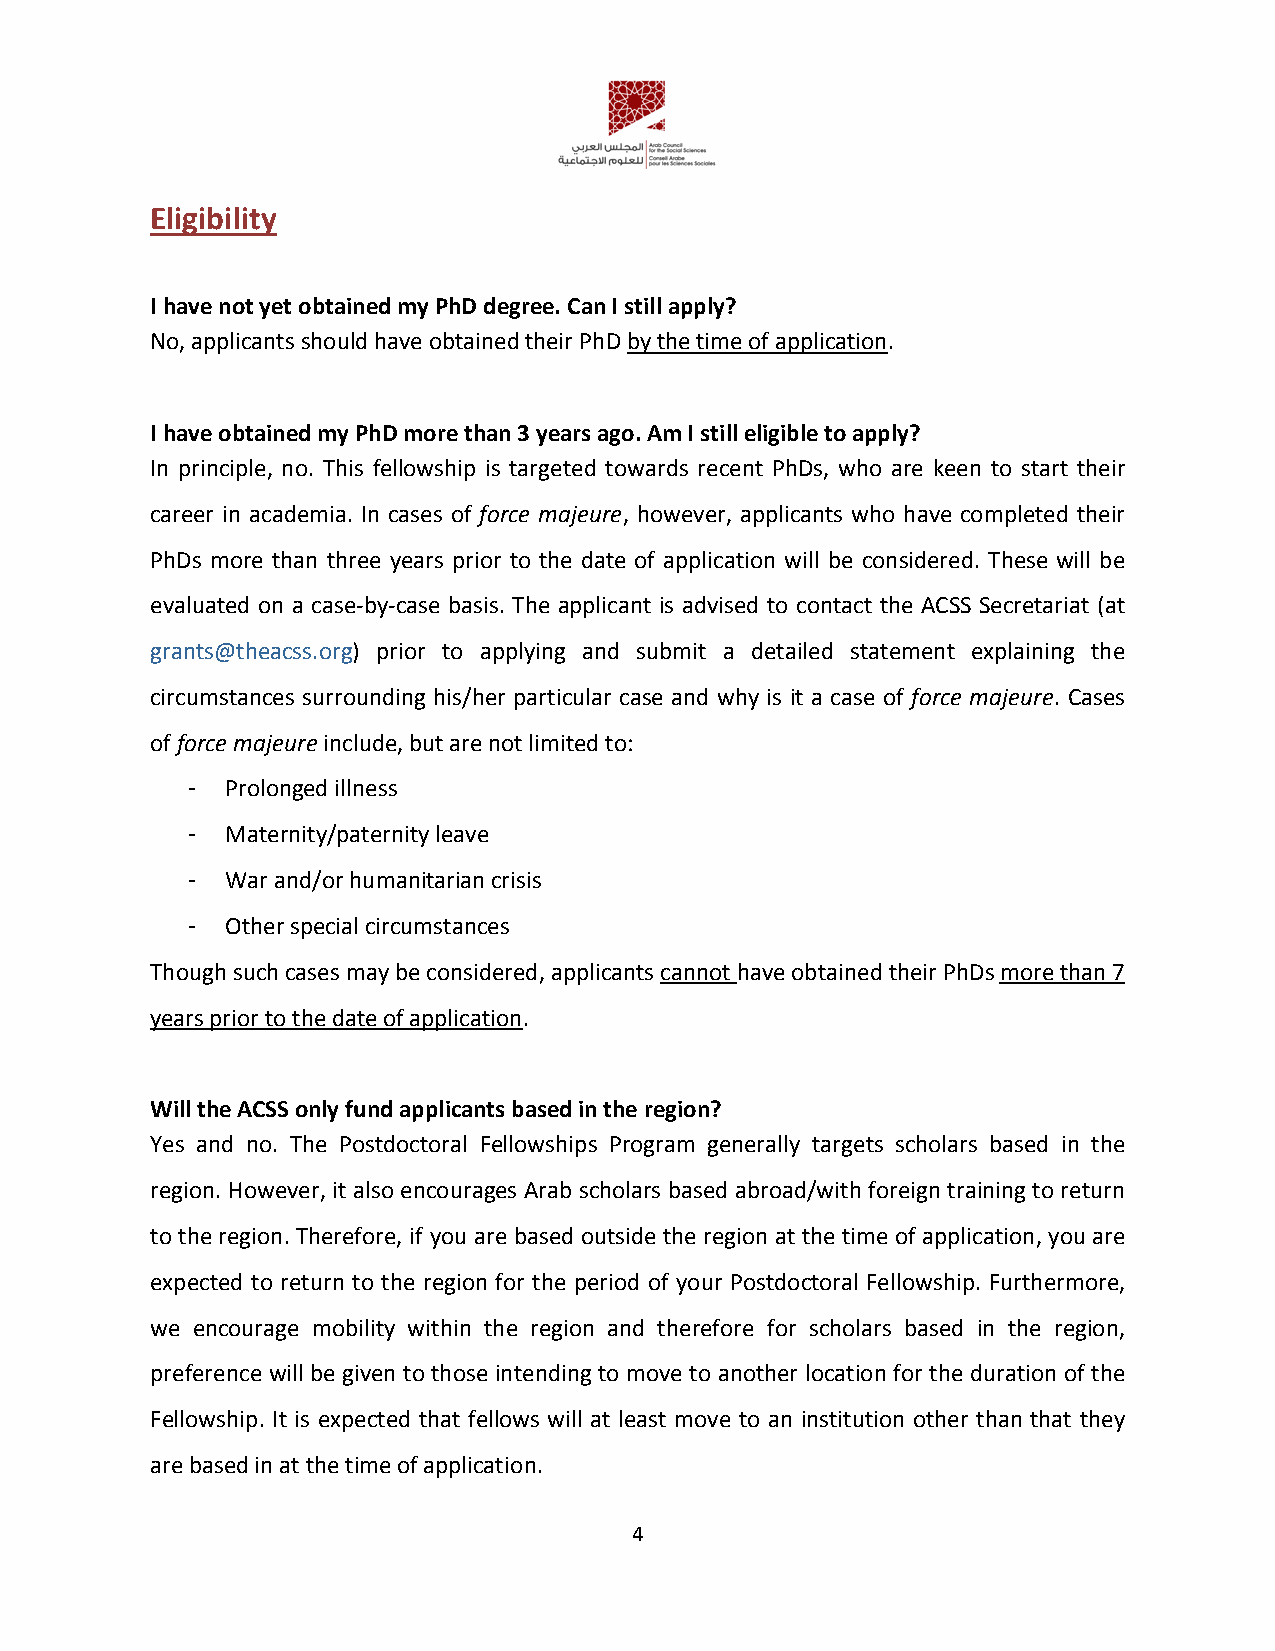
Eligibility
 I have not yet obtained my PhD degree. Can I still apply?
 No, applicants should have obtained their PhD by the time of application.
 I have obtained my PhD more than 3 years ago. Am I still eligible to apply?
 In principle, no. This fellowship is targeted towards recent PhDs, who are keen to start their
 career in academia. In cases of force majeure, however, applicants who have completed their
 PhDs more than three years prior to the date of application will be considered. These will be
 evaluated on a case-by-case basis. The applicant is advised to contact the ACSS Secretariat (at
 grants@theacss.org) prior to applying and submit a detailed statement explaining the
 circumstances surrounding his/her particular case and why is it a case of force majeure. Cases
 of force majeure include, but are not limited to:
 -  Prolonged illness
 -  Maternity/paternity leave
 -  War and/or humanitarian crisis
 -  Other special circumstances
 Though such cases may be considered, applicants cannot have obtained their PhDs more than 7
 years prior to the date of application.
 Will the ACSS only fund applicants based in the region?
 Yes and no. The Postdoctoral Fellowships Program generally targets scholars based in the
 region. However, it also encourages Arab scholars based abroad/with foreign training to return
 to the region. Therefore, if you are based outside the region at the time of application, you are
 expected to return to the region for the period of your Postdoctoral Fellowship. Furthermore,
 we encourage mobility within the region and therefore for scholars based in the region,
 preference will be given to those intending to move to another location for the duration of the
 Fellowship. It is expected that fellows will at least move to an institution other than that they
 are based in at the time of application.
 4